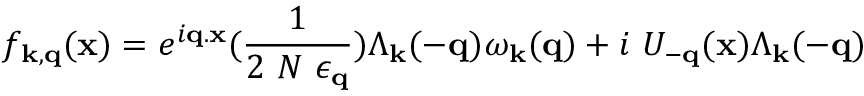
f _ { { \bf { k } } , { \bf { q } } } ( { \bf { x } } ) = e ^ { i { \bf { q . x } } } ( \frac { 1 } { 2 \mathrm { ~ } N \mathrm { ~ } \epsilon _ { { \bf { q } } } } ) \Lambda _ { { \bf { k } } } ( - { \bf { q } } ) \omega _ { { \bf { k } } } ( { \bf { q } } ) + i \mathrm { ~ } U _ { - { \bf { q } } } ( { \bf { x } } ) \Lambda _ { { \bf { k } } } ( - { \bf { q } } )